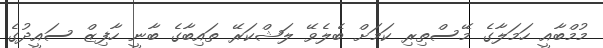
މުމްބާއީ ހަމަލާގެ މޭސްތިރި ކަމަށް ބެލެވޭ ލަޝްކަރޭ ތައިބާގެ ބާނީ ހާފިޒް ސައީދުގެ